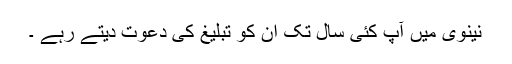
نینویٰ میں آپؑ کئی سال تک ان کو تبلیغ کی دعوت دیتے رہے ۔